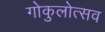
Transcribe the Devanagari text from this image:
गोकुलोत्सव